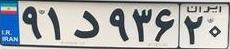
۹۱د۹۶۳۲۰